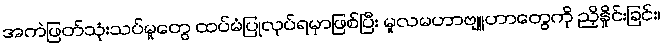
အကဲဖြတ်သုံးသပ်မှုတွေ ထပ်မံပြုလုပ်ရမှာဖြစ်ပြီး မူလမဟာဗျူဟာတွေကို ညှိနှိုင်းခြင်း၊